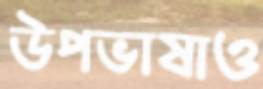
উপভাষাও